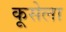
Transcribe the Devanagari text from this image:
कूसेला